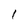
Character: I